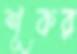
শূকর